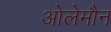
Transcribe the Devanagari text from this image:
ओलेमौन